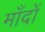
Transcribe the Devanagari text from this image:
माँदों